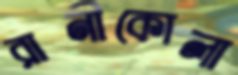
রানীকোলা